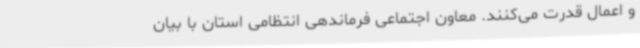
و اعمال قدرت می‌کنند. معاون اجتماعی فرماندهی انتظامی استان با بیان